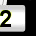
Digit: 2